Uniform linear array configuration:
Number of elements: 48
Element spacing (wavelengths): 1
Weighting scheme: cosine
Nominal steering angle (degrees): -15
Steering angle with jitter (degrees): -13.996
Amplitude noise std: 0.05
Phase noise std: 0.05

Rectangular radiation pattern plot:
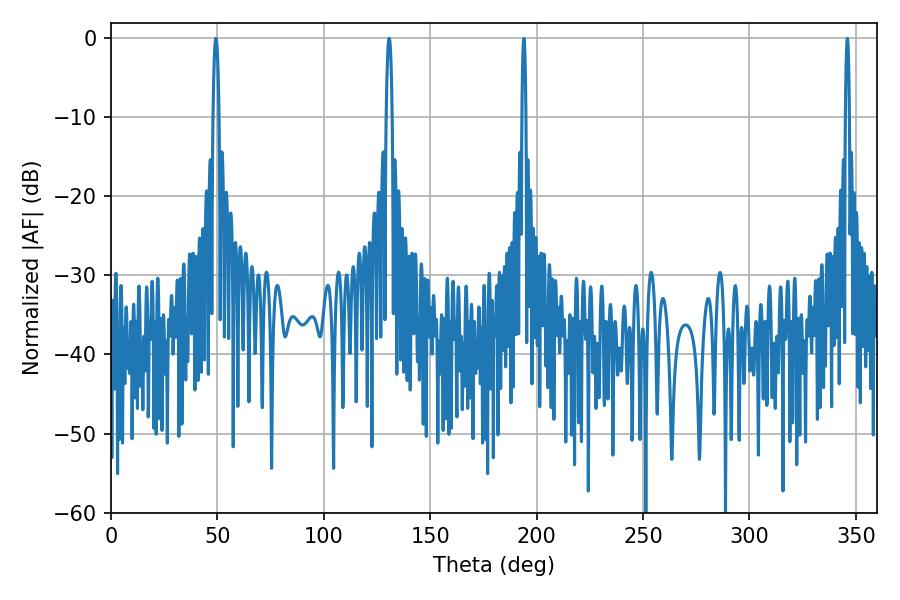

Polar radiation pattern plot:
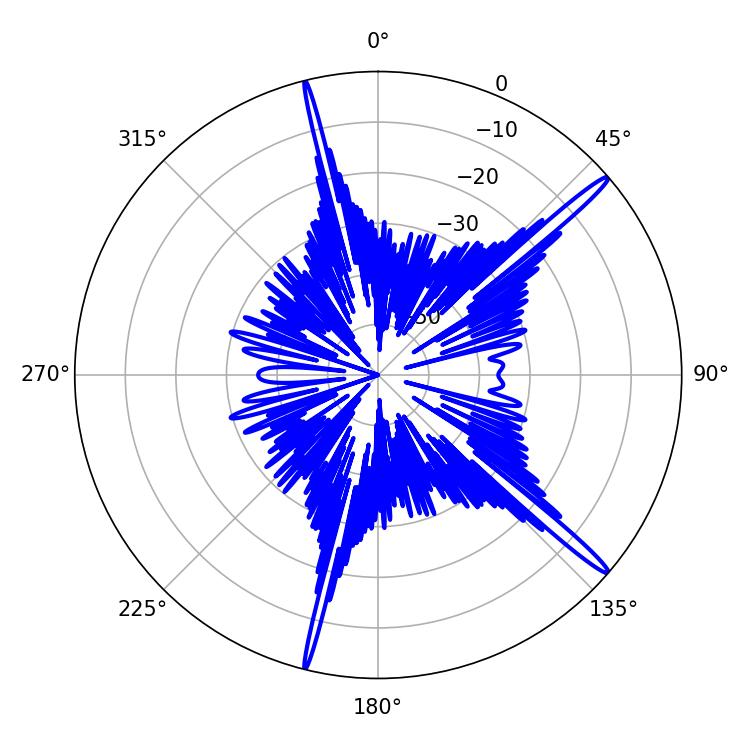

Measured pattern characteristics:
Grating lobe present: TRUE
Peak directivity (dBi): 17.187
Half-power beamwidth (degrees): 1.44
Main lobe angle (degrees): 130.68